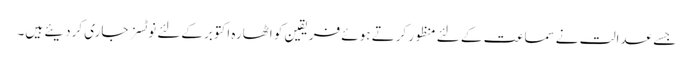
جسے عدالت نےسماعت کے لئے منظور کرتے ہوئے فریقین کو اٹھارہ اکتوبرکےلئے نوٹسز جاری کردیئے ہیں۔